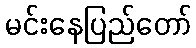
မင်းနေပြည်တော်